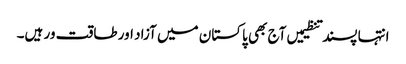
انتہا پسند تنظیمیں آج بھی پاکستان میں آزاد اور طاقت ور ہیں۔